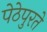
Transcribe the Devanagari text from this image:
पेठेपुरते